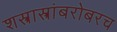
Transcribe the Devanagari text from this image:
शस्त्रास्त्रांबरोबरच